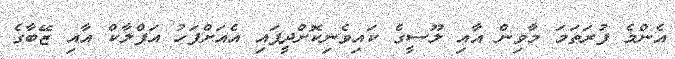
އެންމެ ފުރަތަމަ މާވިން އާއި ލޫސީގެ ކައިވެނިކޮށްދީފައި އެއަށްފަހު އަފްލާކް އާއި ޒޭބާގެ